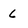
Character: 6